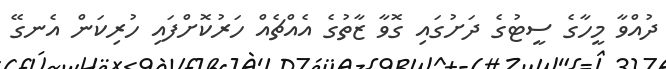
ދުއްވާ މީހާގެ ސީޓުގެ ދަށުގައި ގޮވާ ޒާތުގެ އެއްޗެއް ހަރުކޮށްފައި ހުރިކަން އެނގޭ